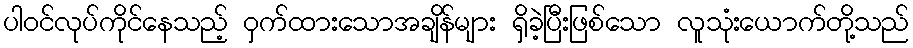
ပါဝင်လုပ်ကိုင်နေသည့် ဝှက်ထားသောအချိန်များ ရှိခဲ့ပြီးဖြစ်သော လူသုံးယောက်တို့သည်